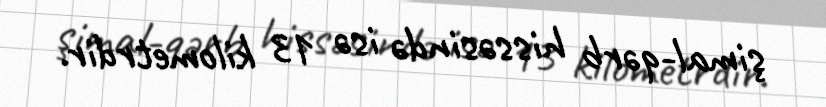
şimal-qərb hissəsində isə 13 kilometrdir.